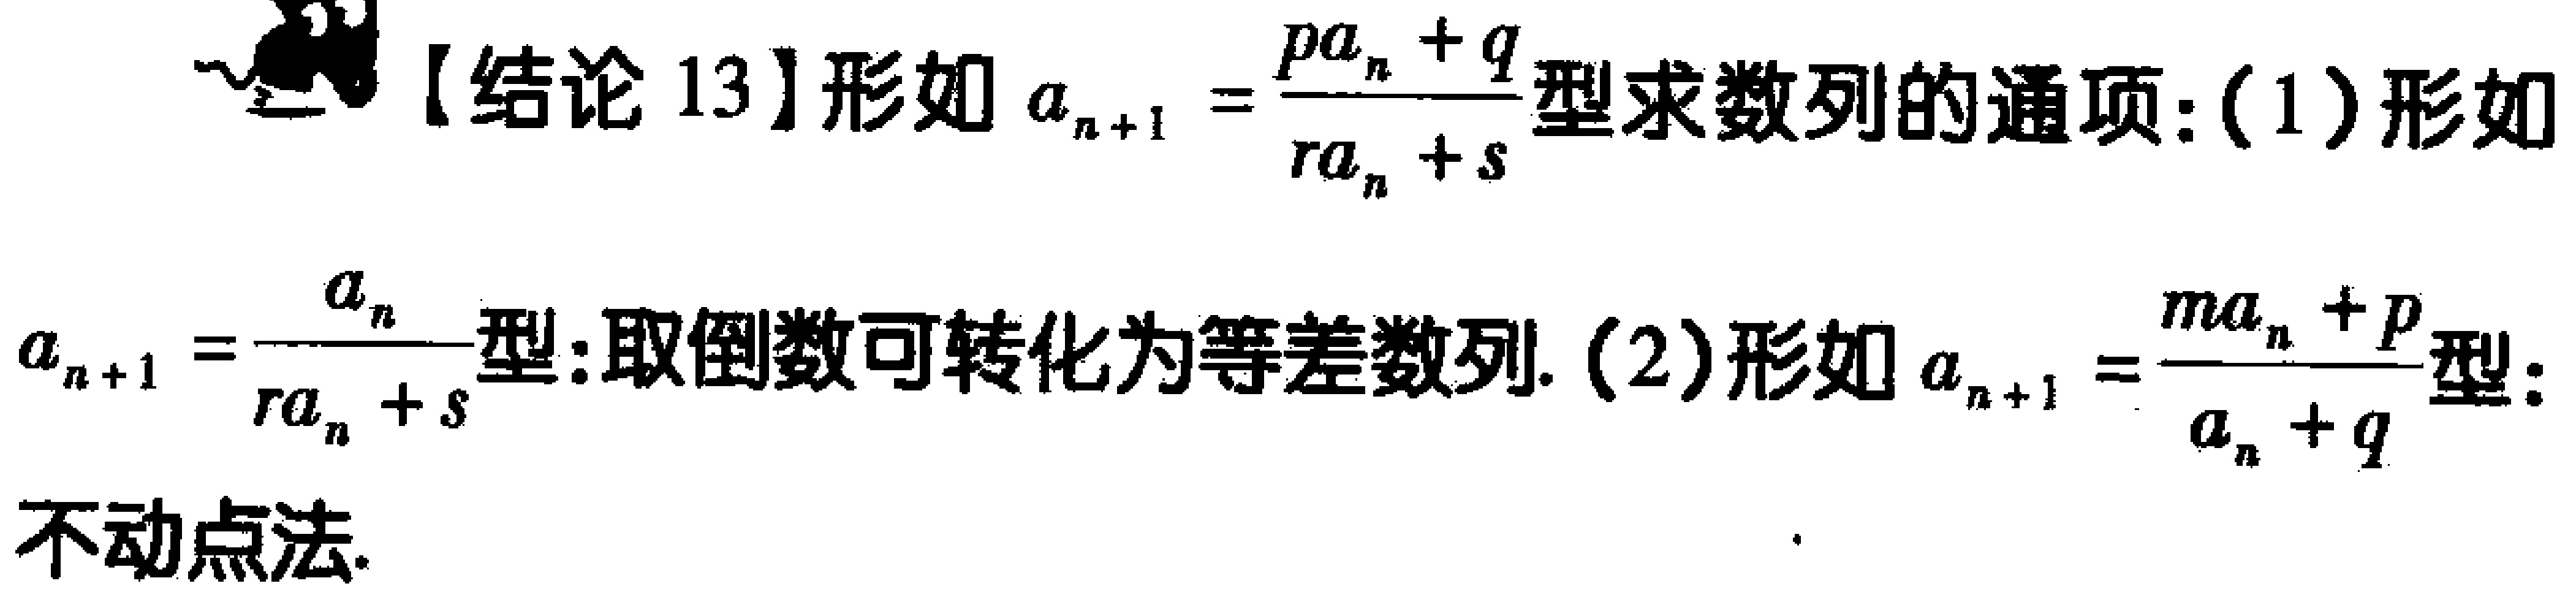
【结论 13】形如\(a_{n + 1} = \frac{pa_{n} + q}{ra_{n} + s}\)型求数列的通项：(1)形如\(a_{n + 1} = \frac{a_{n}}{ra_{n} + s}\)型：取倒数可转化为等差数列. (2)形如\(a_{n + 1} = \frac{ma_{n} + p}{a_{n} + q}\)型：不动点法.